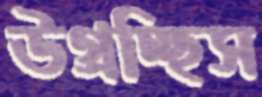
উগ্‌রচ্ছিস